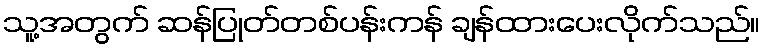
သူ့အတွက် ဆန်ပြုတ်တစ်ပန်းကန် ချန်ထားပေးလိုက်သည်။